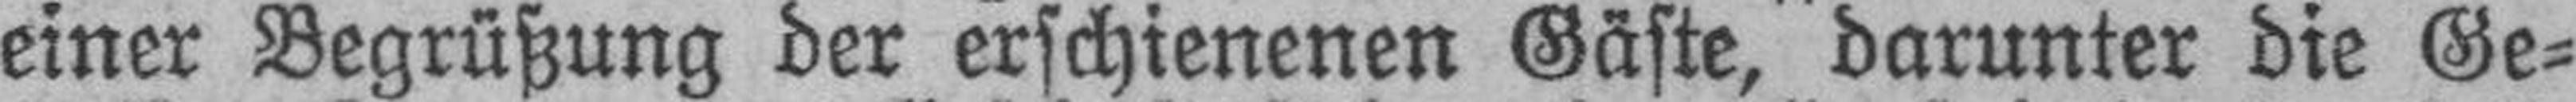
einer Begrüßung der erschienenen Gäste, darunter die Ge¬